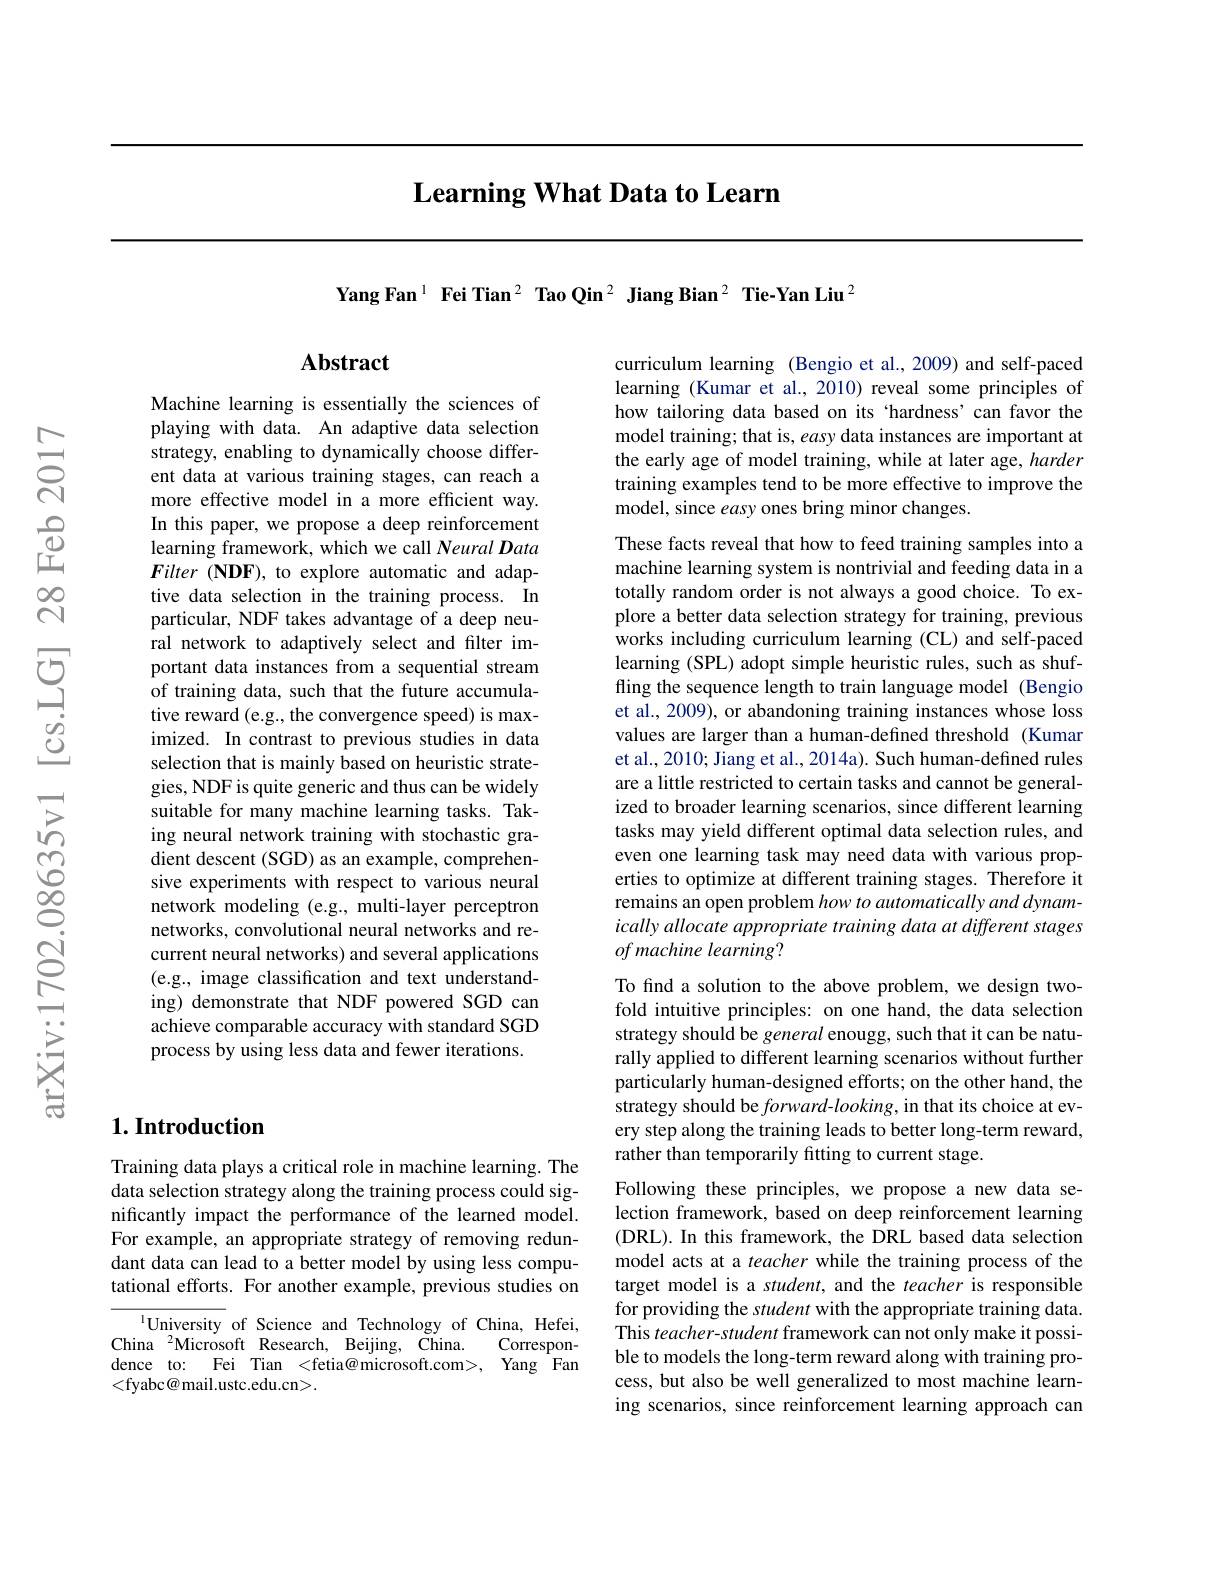
## $\textbf{Learning What Data to Learn}$

Yang Fan$^{1}$ Fei Tian$^2\textbf{ Tao Qin}^2\textbf{ Jiang Bian}^2\textbf{ Tie-Yan Liu}^2$

## Abstract

Machine learning is essentially the sciences of playing with data. An adaptive data selection strategy, enabling to dynamically choose different data at various training stages, can reach a more effective model in a more efficient way. In this paper, we propose a deep reinforcement learning framework, which we call Neural Data $Filter(\mathbf{NDF})$, to explore automatic and adaptive data selection in the training process. In particular, NDF takes advantage of a deep neural network to adaptively select and filter important data instances from a sequential stream of training data, such that the future accumulative reward (e.g., the convergence speed) is maximized. In contrast to previous studies in data selection that is mainly based on heuristic strategies, NDF is quite generic and thus can be widely suitable for many machine learning tasks. Taking neural network training with stochastic gradient descent (SGD) as an example, comprehensive experiments with respect to various neural network modeling (e.g., multi-layer perceptron networks, convolutional neural networks and recurrent neural networks) and several applications (e.g., image classification and text understanding) demonstrate that NDF powered SGD can achieve comparable accuracy with standard SGD process by using less data and fewer iterations.

## $1. \textbf{Introduction}$

Training data plays a critical role in machine learning. The data selection strategy along the training process could significantly impact the performance of the learned model. For example, an appropriate strategy of removing redundant data can lead to a better model by using less computational efforts. For another example, previous studies on

$^{\mathrm{l}}$University of Science and Technology of China, Hefei,
China$\:^{2}$Microsoft Research,Beijing, China.
Correspon-
dence to: Fei Tian <fetia@microsoft.com>, Yang Fan
<fyabc@mail.ustc.edu.cn>.

curriculum learning (Bengio et al., 2009) and self-paced learning (Kumar et al., 2010) reveal some principles of how tailoring data based on its ‘hardness’can favor the model training; that is, easy data instances are important at the early age of model training, while at later age, harder training examples tend to be more effective to improve the model, since easy ones bring minor changes.

These facts reveal that how to feed training samples into a machine learning system is nontrivial and feeding data in a totally random order is not always a good choice. To explore a better data selection strategy for training, previous works including curriculum learning (CL) and self-paced learning (SPL) adopt simple heuristic rules, such as shuffling the sequence length to train language model (Bengio et al., 2009), or abandoning training instances whose loss values are larger than a human-defined threshold (Kumar et al., 2010; Jiang et al., 2014a). Such human-defined rules are a little restricted to certain tasks and cannot be generalized to broader learning scenarios, since different learning tasks may yield different optimal data selection rules, and even one learning task may need data with various properties to optimize at different training stages. Therefore it remains an open problem how to automatically and dynamically allocate appropriate training data at different stages of machine learning?

To find a solution to the above problem, we design twofold intuitive principles: on one hand, the data selection strategy should be general enougg, such that it can be naturally applied to different learning scenarios without further particularly human-designed efforts; on the other hand, the strategy should be forward-looking, in that its choice at every step along the training leads to better long-term reward, rather than temporarily fitting to current stage.
Following these principles, we propose a new data se-

lection framework, based on deep reinforcement learning (DRL). In this framework, the DRL based data selection model acts at a teacher while the training process of the target model is a student, and the teacher is responsible for providing the student with the appropriate training data. This teacher-student framework can not only make it possible to models the long-term reward along with training process, but also be well generalized to most machine learning scenarios, since reinforcement learning approach can